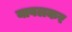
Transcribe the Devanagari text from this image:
यावलकर